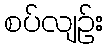
စပ်လျဉ်း